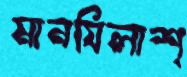
মানযিলাশ্